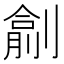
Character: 𠟖